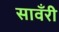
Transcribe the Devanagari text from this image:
सावँरी